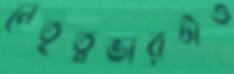
নেতৃত্বভারটাও